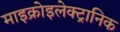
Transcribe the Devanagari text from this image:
माइक्रोइलेक्ट्रानिक